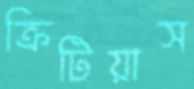
ক্রিটিয়াস